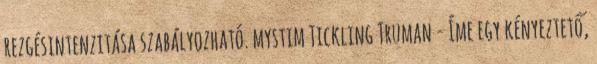
rezgésintenzitása szabályozható. mystim Tickling Truman - Íme egy kényeztető,